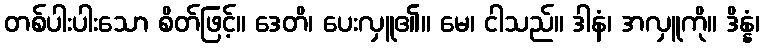
တစ်ပါးပါးသော စိတ်ဖြင့်။ ဒေတိ၊ ပေးလှူ၏။ မေ၊ ငါသည်။ ဒါနံ၊ အလှူကို။ ဒိန္နံ၊